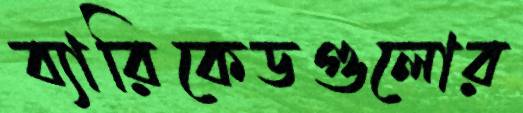
ব্যারিকেডগুলোর